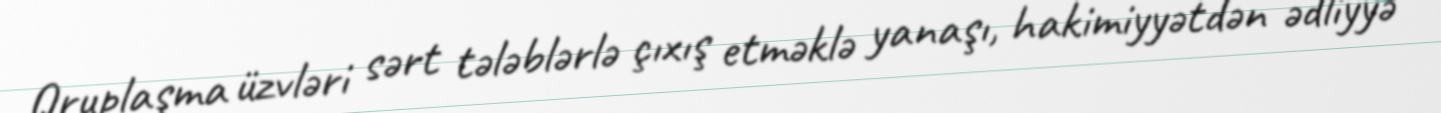
Qruplaşma üzvləri sərt tələblərlə çıxış etməklə yanaşı, hakimiyyətdən ədliyyə